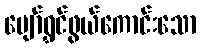
ပျော်ရွှင်ဖွယ်ကောင်းသော